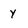
Character: y